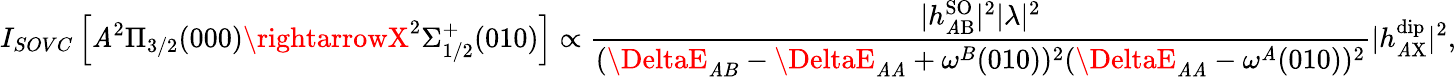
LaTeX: I_{SOVC}\left[\mathit{A}^{2}\Pi_{3/2}(000)\rightarrowX^{2}\Sigma_{1/2}^{+}(010)\right]\propto\frac{{|h_{\mathrm{{\mathit{A}B}}}^{\mathrm{{SO}}}|^{2}|\lambda|^{2}}}{{(\DeltaE_{\mathit{A}B}-\DeltaE_{\mathit{A}\mathit{A}}+\omega^{B}(010))^{2}(\DeltaE_{\mathit{A}\mathit{A}}-\omega^{\mathit{A}}(010))^{2}}}|h_{\mathrm{{\mathit{A}X}}}^{\mathrm{{dip}}}|^{2},